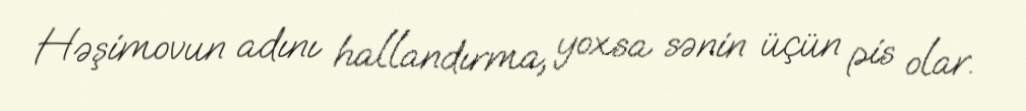
Həşimovun adını hallandırma, yoxsa sənin üçün pis olar.